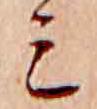
ミ